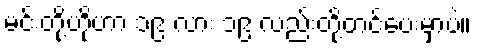
မင်းတို့ဟိုဟာ ၁၉ လား ၁၉ လည်းတို့တင်ပေးမှာပဲ။